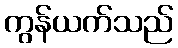
ကွန်ယက်သည်